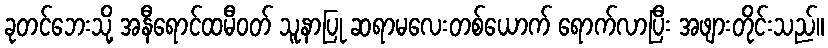
ခုတင်ဘေးသို့ အနီရောင်ထမီဝတ် သူနာပြု ဆရာမလေးတစ်ယောက် ရောက်လာပြီး အဖျားတိုင်းသည်။